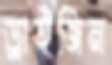
ড্রাইজিন